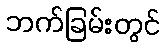
ဘက်ခြမ်းတွင်